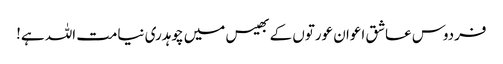
فردوس عاشق اعوان عورتوں کے بھیس میں چوہدری نیامت اللہ ہے!